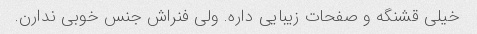
خیلی قشنگه و صفحات زیبایی داره. ولی فنراش جنس خوبی ندارن.